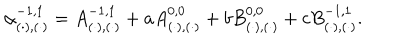
LaTeX: \alpha _ { ( \cdot ) , ( \cdot ) } ^ { - 1 , 1 } = A _ { ( \cdot ) , ( \cdot ) } ^ { - 1 , 1 } + a A _ { ( \cdot ) , ( \cdot ) } ^ { 0 , 0 } + b B _ { ( \cdot ) , ( \cdot ) } ^ { 0 , 0 } + c B _ { ( \cdot ) , ( \cdot ) } ^ { - 1 , 1 } .